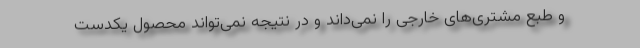
و طبع مشتری‌های خارجی را نمی‌داند و در نتیجه نمی‌تواند محصول یکدست